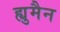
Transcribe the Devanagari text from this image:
ह्युमैन